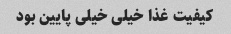
کیفیت غذا خیلی خیلی پایین بود